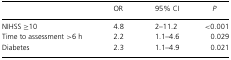
|  | OR | 95% CI | P |
 | --- | --- | --- | --- |
 | NIHSS ≥10 | 4.8 | 2–11.2 | <0.001 |
 | Time to assessment >6 h | 2.2 | 1.1–4.6 | 0.029 |
 | Diabetes | 2.3 | 1.1–4.9 | 0.021 |